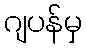
ဂျပန်မှ